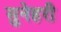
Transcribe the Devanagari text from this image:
सुनेहरी